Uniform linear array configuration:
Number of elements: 24
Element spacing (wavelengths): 0.5
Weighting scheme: cosine
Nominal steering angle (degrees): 0
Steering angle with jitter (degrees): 1.615
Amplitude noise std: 0.05
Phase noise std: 0.05

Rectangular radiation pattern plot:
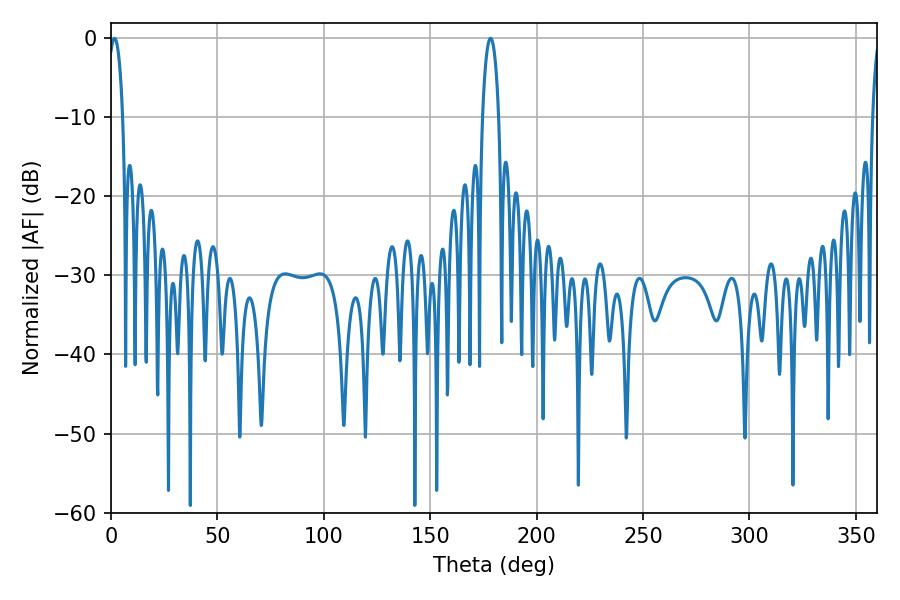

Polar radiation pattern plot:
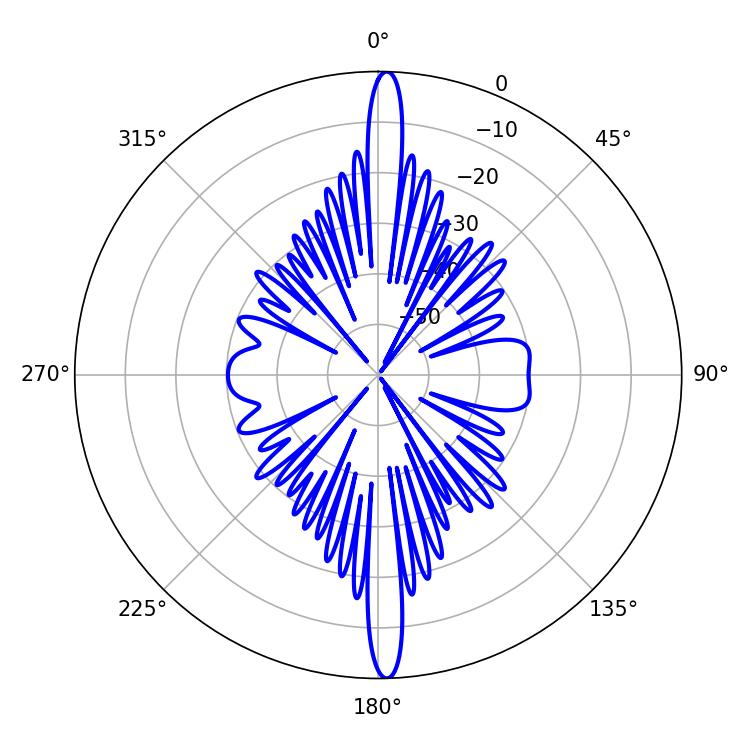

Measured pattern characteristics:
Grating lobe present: FALSE
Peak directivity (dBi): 25.96
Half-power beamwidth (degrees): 4.32
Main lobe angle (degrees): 178.38